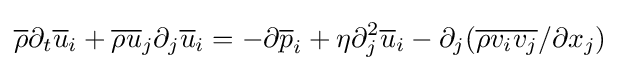
{\overline {\rho }}{\partial _{t}{\overline {u}}_{i}}+{\overline {\rho }}{\overline {u}}_{j}{\partial _{j}{\overline {u}}_{i}}=-{\partial {\overline {p}}_{i}}+\eta {\partial _{j}^{2}{\overline {u}}_{i}}-{\partial _{j}}({\overline {\rho v_{i}v_{j}}}/{\partial x_{j}})